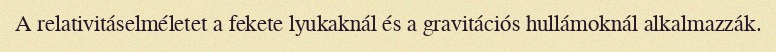
A relativitáselméletet a fekete lyukaknál és a gravitációs hullámoknál alkalmazzák.